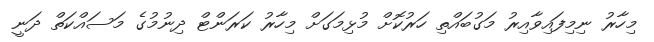
މިހާރު ނިމިފައިވާއިރު މަގުބައްތި ހަރުކޮށް މުޅިމަގަށް މިހާރު ކަރަންޓް ދިނުމުގެ މަސައްކަތް ދަނީ